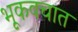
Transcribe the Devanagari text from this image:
भूकवचात